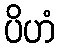
ပိဟံ